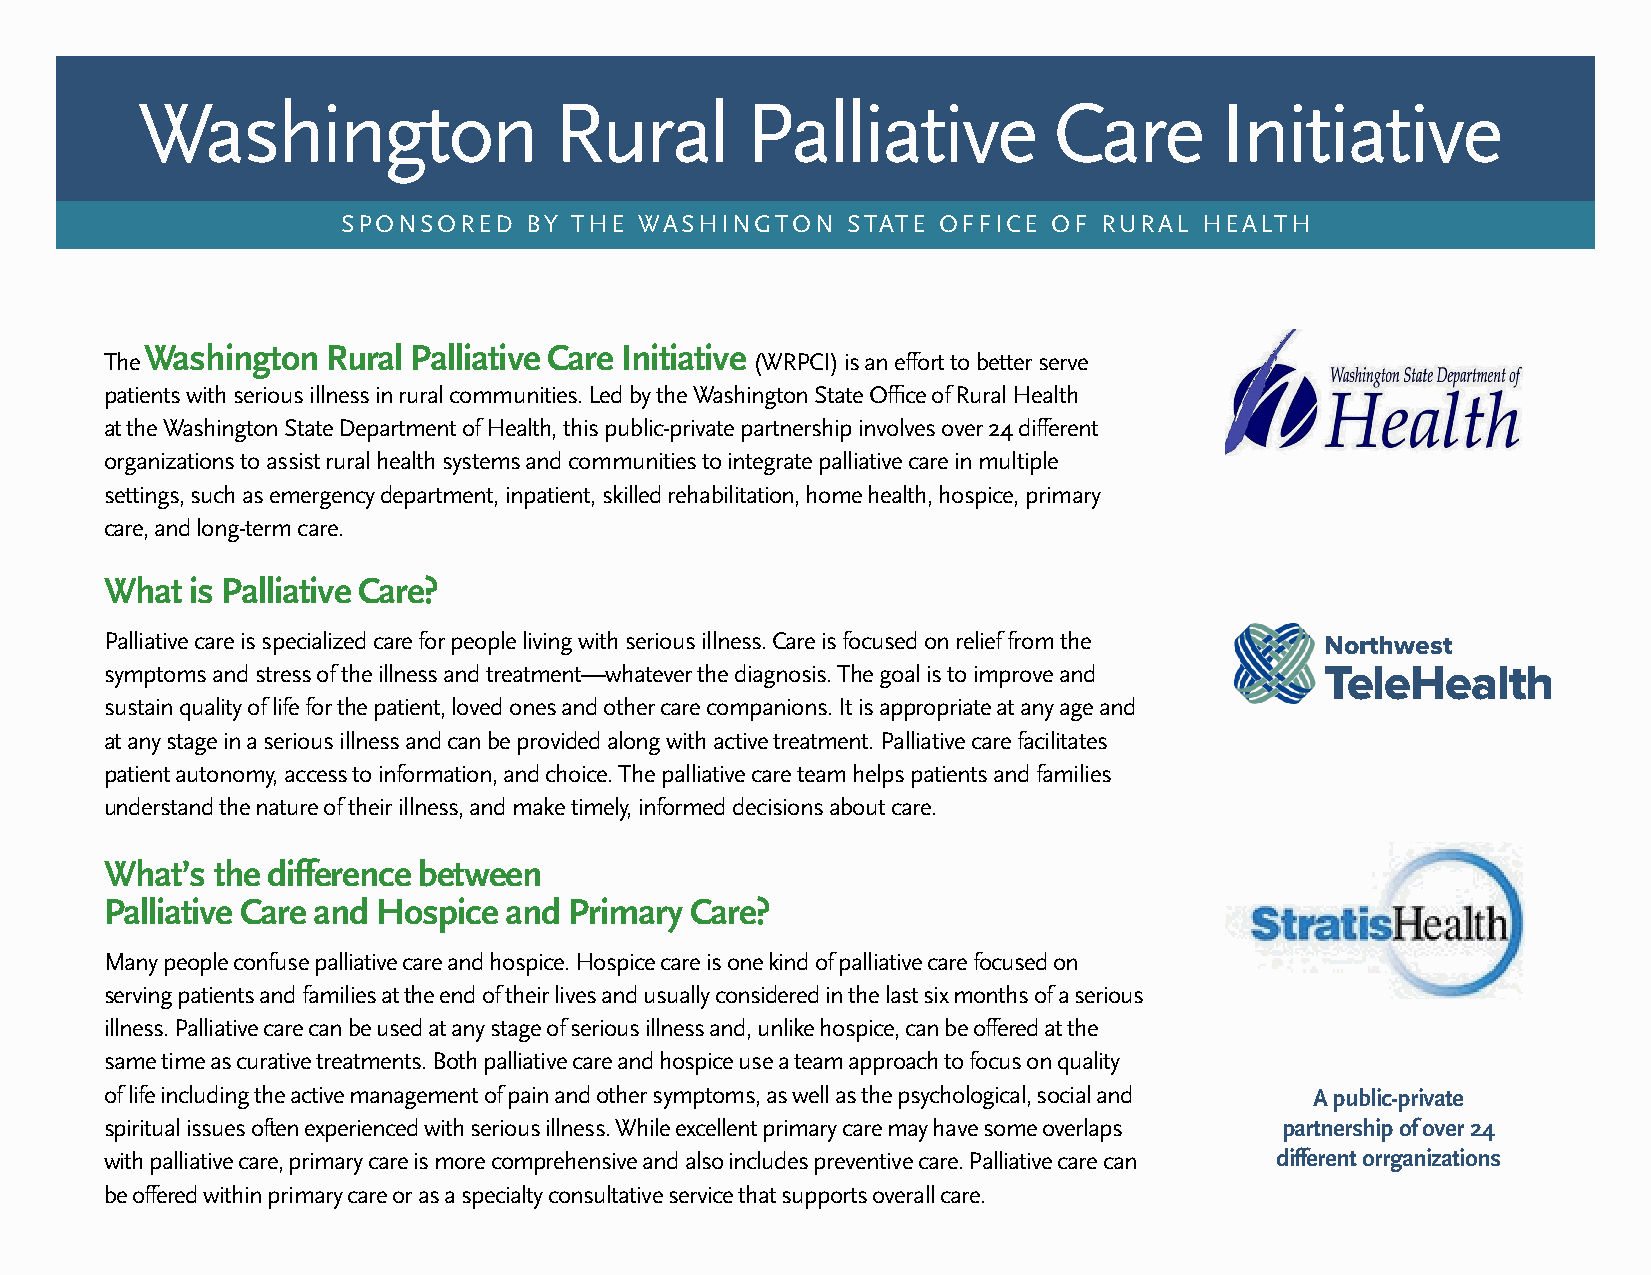
Washington                  Rural       Palliative           Care       Initiative
 SPONSORED   BY THE WASHINGTON    STATE OFFICE  OF RURAL  HEALTH
 The
 Washington  Rural Palliative Care Initiative
 (WRPCI) is an effort to better serve
 patients with serious illness in rural communities. Led by the Washington State Office of Rural Health
 at the Washington State Department of Health, this public-private partnership involves over 24 different
 organizations to assist rural health systems and communities to integrate palliative care in multiple
 settings, such as emergency department, inpatient, skilled rehabilitation, home health, hospice, primary
 care, and long-term care.
 What  is Palliative Care?
 Palliative care is specialized care for people living with serious illness. Care is focused on relief from the Northwest
 symptoms and stress of the illness and treatment—whatever the diagnosis. The goal is to improve and TeleHealth
 sustain quality of life for the patient, loved ones and other care companions. It is appropriate at any age and
 at any stage in a serious illness and can be provided along with active treatment. Palliative care facilitates
 patient autonomy, access to information, and choice. The palliative care team helps patients and families
 understand the nature of their illness, and make timely, informed decisions about care.
 What’s the difference between
 Palliative Care and Hospice and Primary Care?
 Many people confuse palliative care and hospice. Hospice care is one kind of palliative care focused on
 serving patients and families at the end of their lives and usually considered in the last six months of a serious
 illness. Palliative care can be used at any stage of serious illness and, unlike hospice, can be offered at the
 same time as curative treatments. Both palliative care and hospice use a team approach to focus on quality
 of life including the active management of pain and other symptoms, as well as the psychological, social and A public-private
 spiritual issues often experienced with serious illness. While excellent primary care may have some overlaps partnership of over 24
 with palliative care, primary care is more comprehensive and also includes preventive care. Palliative care can different orrganizations
 be offered within primary care or as a specialty consultative service that supports overall care.